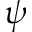
\psi